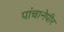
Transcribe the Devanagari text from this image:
पांचानेपीर